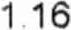
1.16